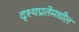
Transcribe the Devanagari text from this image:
दृश्यप्रतेमधील